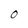
Character: 0